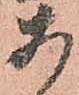
あ